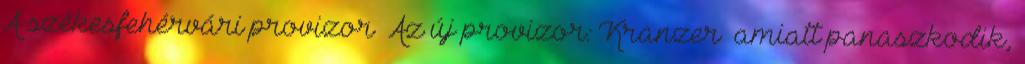
A székesfehérvári provizor Az új provizor: Kranzer amiatt panaszkodik,